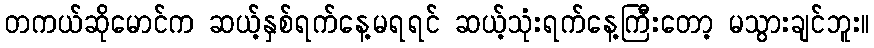
တကယ်ဆိုမောင်က ဆယ့်နှစ်ရက်နေ့မရရင် ဆယ့်သုံးရက်နေ့ကြီးတော့ မသွားချင်ဘူး။